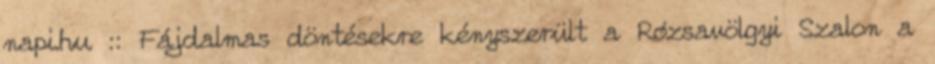
napi.hu :: Fájdalmas döntésekre kényszerült a Rózsavölgyi Szalon a